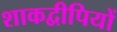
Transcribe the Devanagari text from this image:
शाकद्वीपियों